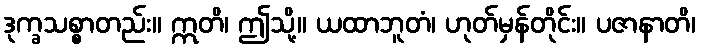
ဒုက္ခသစ္စာတည်း။ ဣတိ၊ ဤသို့။ ယထာဘူတံ၊ ဟုတ်မှန်တိုင်း။ ပဇာနာတိ၊